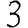
Digit: 3